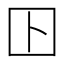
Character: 𡆥